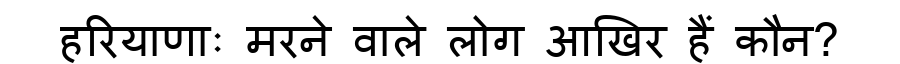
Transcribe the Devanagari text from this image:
हरियाणाः मरने वाले लोग आखिर हैं कौन?